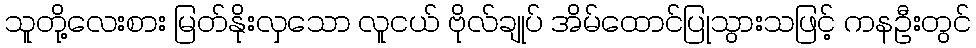
သူတို့လေးစား မြတ်နိုးလှသော လူငယ် ဗိုလ်ချုပ် အိမ်ထောင်ပြုသွားသဖြင့် ကနဦးတွင်